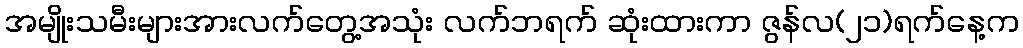
အမျိုးသမီးများအားလက်တွေ့အသုံး လက်ဘရက် ဆုံးထားကာ ဇွန်လ(၂၁)ရက်နေ့က